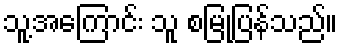
သူ့အကြောင်း သူ စမြုံ့ပြန်သည်။